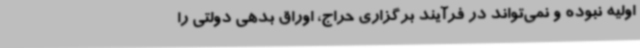
اولیه نبوده و نمی‌تواند در فرآیند برگزاری حراج، اوراق بدهی دولتی را